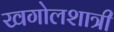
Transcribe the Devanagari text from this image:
खगोलशात्री